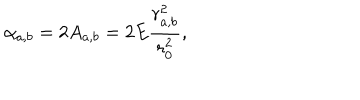
LaTeX: \alpha _ { a , b } = 2 A _ { a , b } = 2 E \frac { r _ { a , b } ^ { 2 } } { r _ { 0 } ^ { 2 } } ,